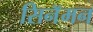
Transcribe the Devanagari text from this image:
सिनॅमन